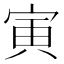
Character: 寅